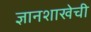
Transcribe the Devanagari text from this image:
ज्ञानशाखेची